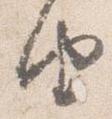
由